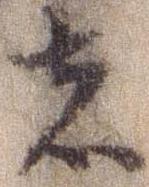
者